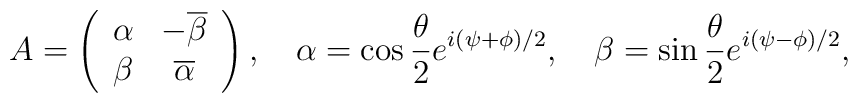
A=\left(\begin{array}{cc}\alpha&-\overline{\beta}\\\beta&\overline{\alpha}\end{array}\right),\quad \alpha=\cos{{\theta}\over{2}}e^{i(\psi+\phi)/2},\quad\beta=\sin{{\theta}\over{2}}e^{i(\psi-\phi)/2},